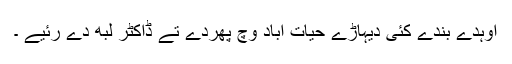
اوہدے بندے کئی دیہاڑے حیات آباد وچ پھردے تے ڈاکٹر لبھ دے رئیے ۔